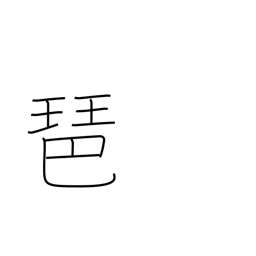
Meaning: lute